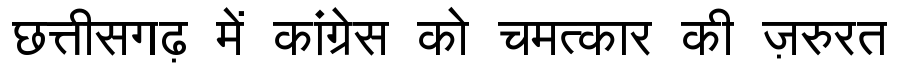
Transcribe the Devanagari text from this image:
छत्तीसगढ़ में कांग्रेस को चमत्कार की ज़रुरत